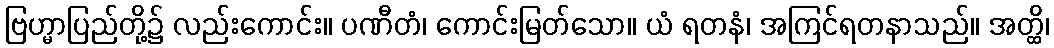
ဗြဟ္မာပြည်တို့၌ လည်းကောင်း။ ပဏီတံ၊ ကောင်းမြတ်သော။ ယံ ရတနံ၊ အကြင်ရတနာသည်။ အတ္ထိ၊